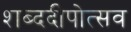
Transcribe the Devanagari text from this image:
शब्ददीपोत्सव